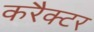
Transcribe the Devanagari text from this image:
करैक्टर